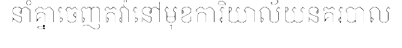
នាំគ្នាចេញតវ៉ានៅមុខការិយាល័យនគរបាល